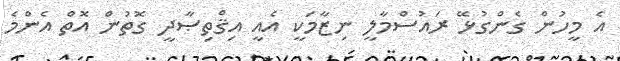
އެ މީހުން ގެންގުޅޭ ރައުސްމާލީ ނިޒާމަކީ އެއީ އިޤްތިޞާދީ ގޮތުން އޮތް އެންމެ